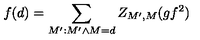
f ( d ) = \sum _ { M ^ { \prime } : M ^ { \prime } \wedge M = d } Z _ { M ^ { \prime } , M } ( g f ^ { 2 } )